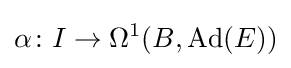
\alpha \colon I\rightarrow \Omega ^{1}(B,\operatorname {Ad} (E))